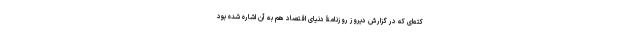
کته‌ای که در گزارش دیروز روزنامۀ دنیای اقتصاد هم به آن اشاره شده بود